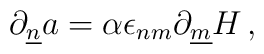
\partial_{\underline{n}}a =\alpha \epsilon_{nm} \partial_{\underline{m}}H\, ,